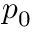
p _ { 0 }